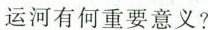
运河有何重要意义?